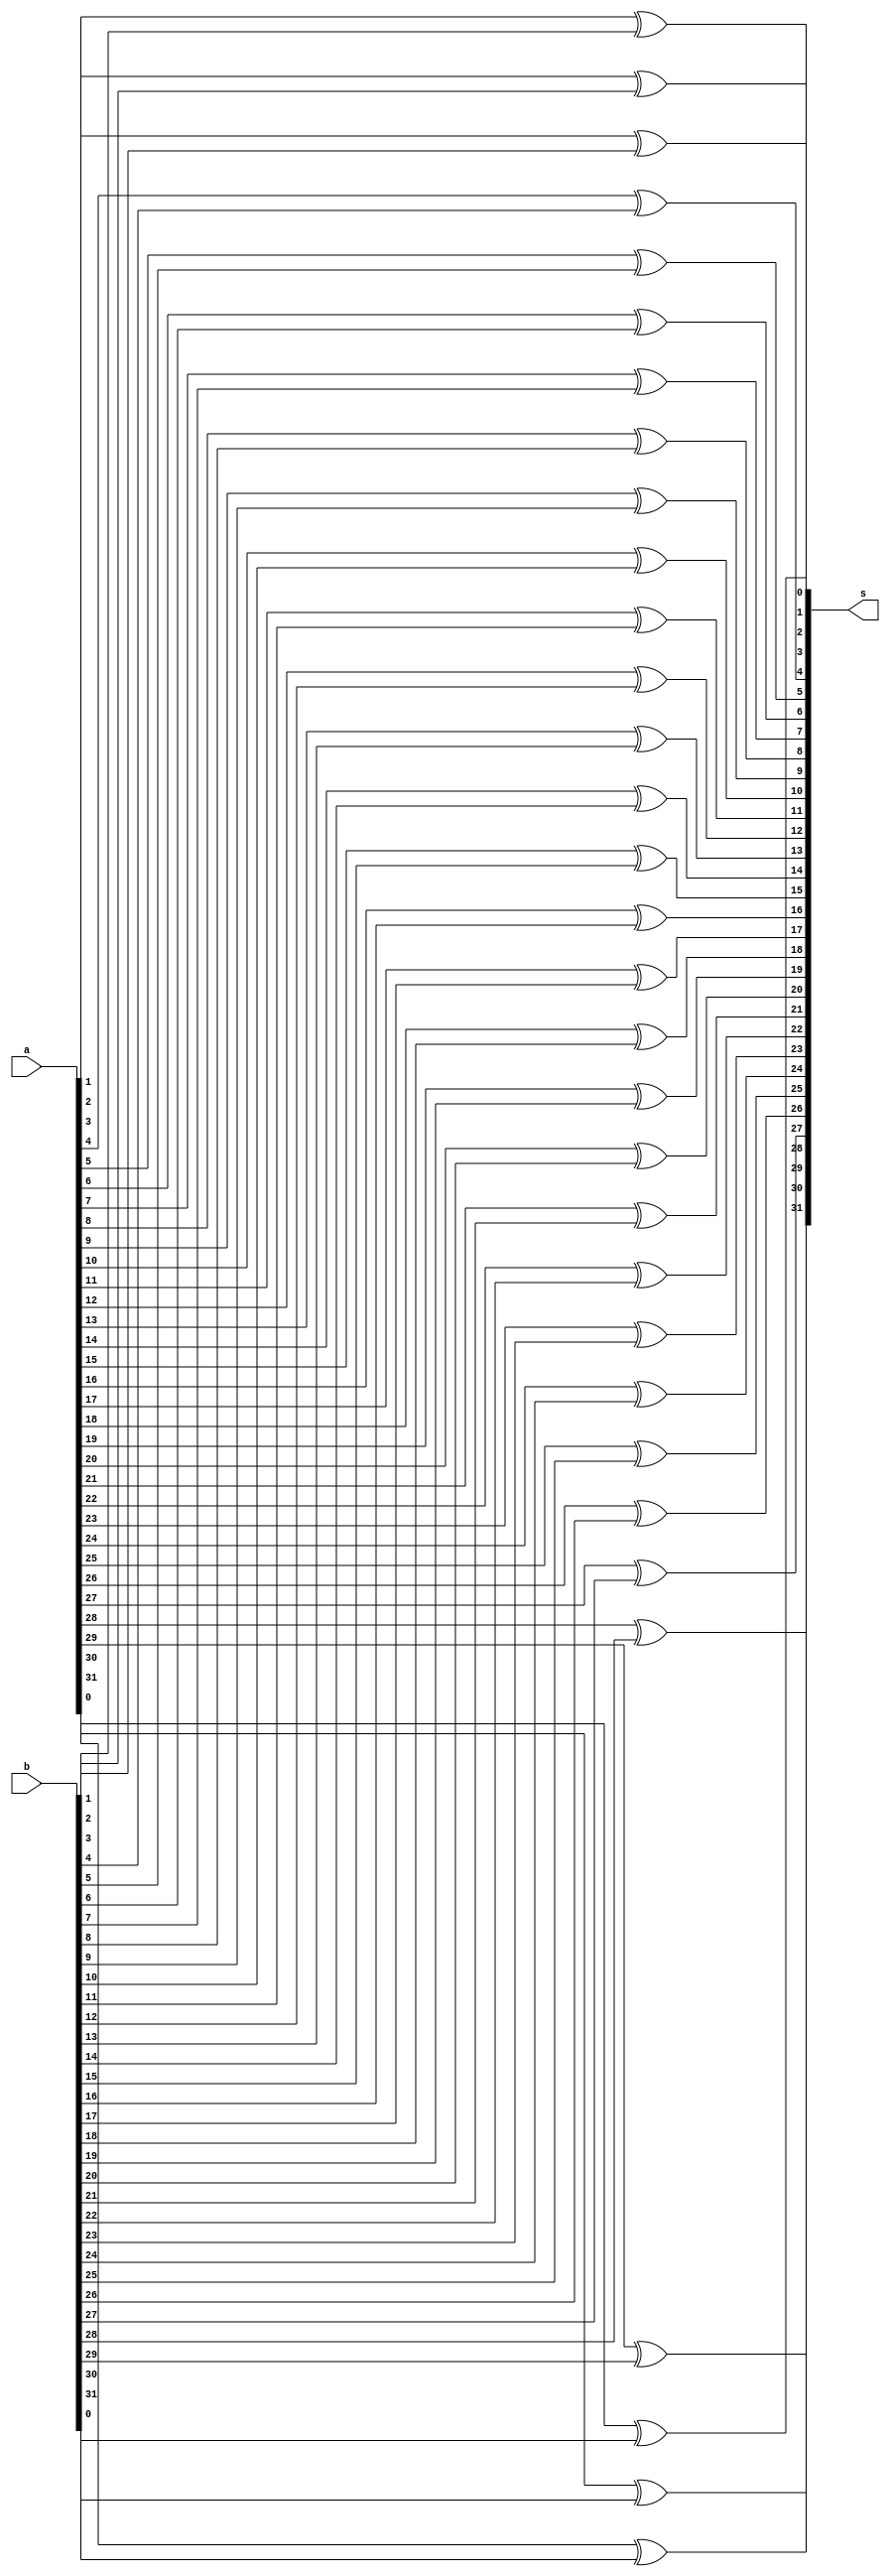
`timescale 1ns / 1ps

module Xor_32bit(
    input [31:0] a,
    input [31:0] b,
    output [31:0] s
    );

xor a1 (s[0],a[0],b[0]);
xor a2 (s[1],a[1],b[1]);
xor a3 (s[2],a[2],b[2]);
xor a4 (s[3],a[3],b[3]);
xor a5 (s[4],a[4],b[4]);
xor a6 (s[5],a[5],b[5]);
xor a7 (s[6],a[6],b[6]);
xor a8 (s[7],a[7],b[7]);
xor a9 (s[8],a[8],b[8]);
xor a10 (s[9],a[9],b[9]);
xor a11 (s[10],a[10],b[10]);
xor a12 (s[11],a[11],b[11]);
xor a13 (s[12],a[12],b[12]);
xor a14 (s[13],a[13],b[13]);
xor a15 (s[14],a[14],b[14]);
xor a16 (s[15],a[15],b[15]);
xor a17 (s[16],a[16],b[16]);
xor a18 (s[17],a[17],b[17]);
xor a19 (s[18],a[18],b[18]);
xor a20 (s[19],a[19],b[19]);
xor a21 (s[20],a[20],b[20]);
xor a22 (s[21],a[21],b[21]);
xor a23 (s[22],a[22],b[22]);
xor a24 (s[23],a[23],b[23]);
xor a25 (s[24],a[24],b[24]);
xor a26 (s[25],a[25],b[25]);
xor a27 (s[26],a[26],b[26]);
xor a28 (s[27],a[27],b[27]);
xor a29 (s[28],a[28],b[28]);
xor a30 (s[29],a[29],b[29]);
xor a31 (s[30],a[30],b[30]);
xor a32 (s[31],a[31],b[31]);

endmodule